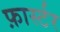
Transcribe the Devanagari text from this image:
फ़ार्स्टर